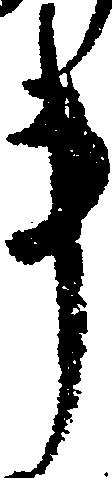
事